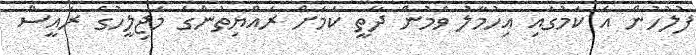
ފުލުހުން އެ ކަމުގައި އިހުމާލު ވަމުން ދާތީ ކަމަށް ރައްޔިތުންގެ މަޖިލީހުގެ ރައީސް